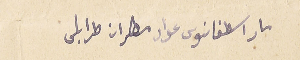
مار اسطفانوس عواد مطران طرابلس